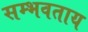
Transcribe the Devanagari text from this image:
सम्भवताय